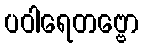
ပဝါရေတဗ္ဗော